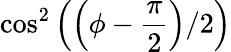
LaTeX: \cos^{2}\left(\left(\phi-\frac{\pi}{2}\right)/2\right)